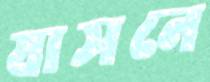
যাসনে